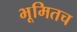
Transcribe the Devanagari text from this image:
भूमितच